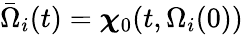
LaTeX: \bar{\Omega}_{i}(t)=\boldsymbol{\chi}_{0}(t,\Omega_{i}(0))